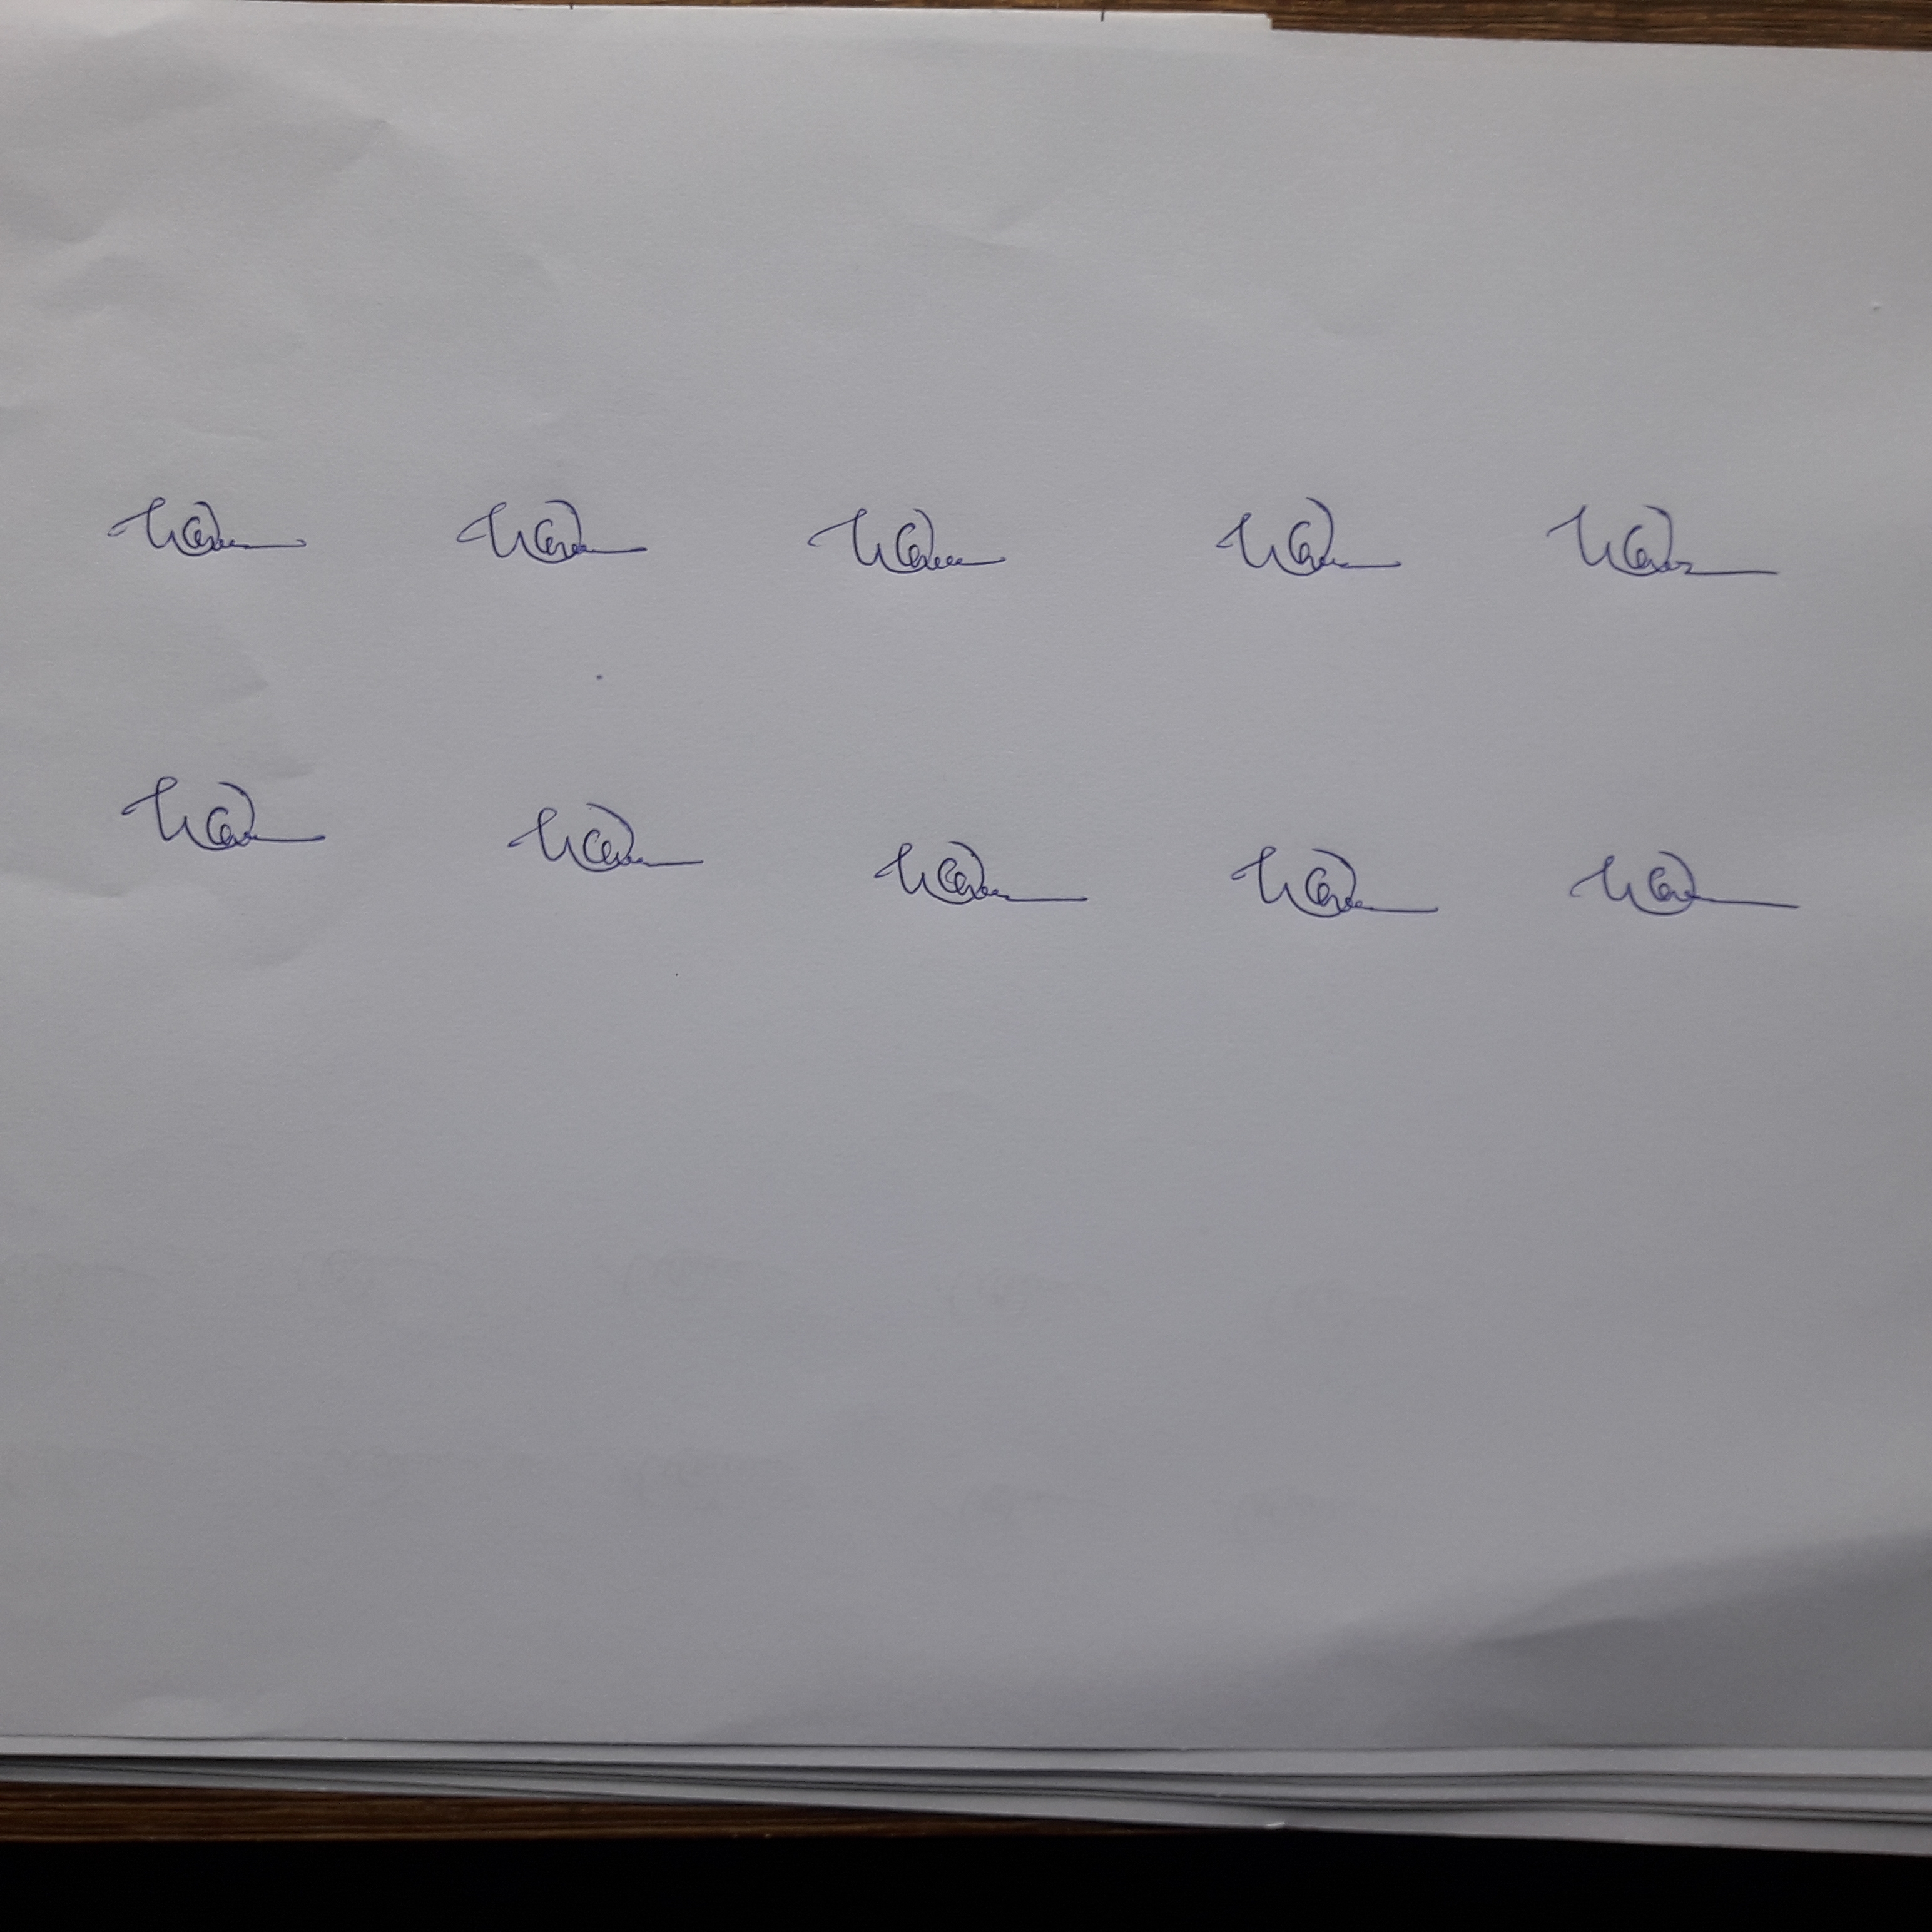
Signature authenticity: genuine